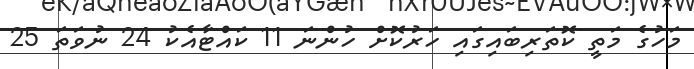
މަހުގެ މަތީ ކޮތަރިބައިގައި ހަރުކޮށް ހުންނަ 11 ކައްޓާއެކު 24 ނުވަތަ 25